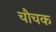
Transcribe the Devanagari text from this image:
चौचक